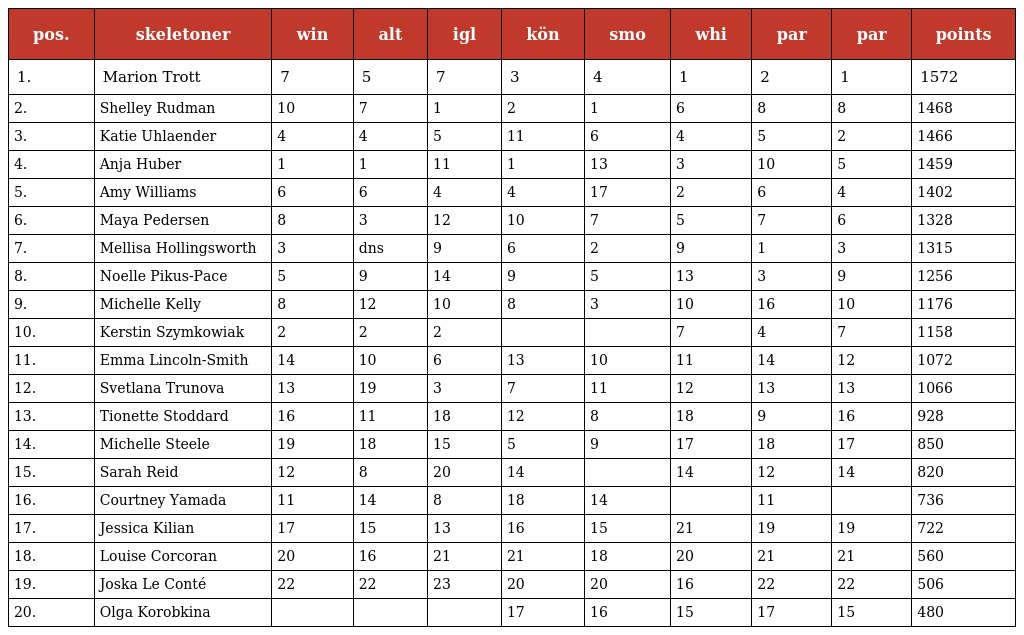
| pos. | skeletoner | win | alt | igl | kön | smo | whi | par | par | points |
 | --- | --- | --- | --- | --- | --- | --- | --- | --- | --- | --- |
 | 1. | Marion Trott | 7 | 5 | 7 | 3 | 4 | 1 | 2 | 1 | 1572 |
 | 2. | Shelley Rudman | 10 | 7 | 1 | 2 | 1 | 6 | 8 | 8 | 1468 |
 | 3. | Katie Uhlaender | 4 | 4 | 5 | 11 | 6 | 4 | 5 | 2 | 1466 |
 | 4. | Anja Huber | 1 | 1 | 11 | 1 | 13 | 3 | 10 | 5 | 1459 |
 | 5. | Amy Williams | 6 | 6 | 4 | 4 | 17 | 2 | 6 | 4 | 1402 |
 | 6. | Maya Pedersen | 8 | 3 | 12 | 10 | 7 | 5 | 7 | 6 | 1328 |
 | 7. | Mellisa Hollingsworth | 3 | dns | 9 | 6 | 2 | 9 | 1 | 3 | 1315 |
 | 8. | Noelle Pikus-Pace | 5 | 9 | 14 | 9 | 5 | 13 | 3 | 9 | 1256 |
 | 9. | Michelle Kelly | 8 | 12 | 10 | 8 | 3 | 10 | 16 | 10 | 1176 |
 | 10. | Kerstin Szymkowiak | 2 | 2 | 2 |  |  | 7 | 4 | 7 | 1158 |
 | 11. | Emma Lincoln-Smith | 14 | 10 | 6 | 13 | 10 | 11 | 14 | 12 | 1072 |
 | 12. | Svetlana Trunova | 13 | 19 | 3 | 7 | 11 | 12 | 13 | 13 | 1066 |
 | 13. | Tionette Stoddard | 16 | 11 | 18 | 12 | 8 | 18 | 9 | 16 | 928 |
 | 14. | Michelle Steele | 19 | 18 | 15 | 5 | 9 | 17 | 18 | 17 | 850 |
 | 15. | Sarah Reid | 12 | 8 | 20 | 14 |  | 14 | 12 | 14 | 820 |
 | 16. | Courtney Yamada | 11 | 14 | 8 | 18 | 14 |  | 11 |  | 736 |
 | 17. | Jessica Kilian | 17 | 15 | 13 | 16 | 15 | 21 | 19 | 19 | 722 |
 | 18. | Louise Corcoran | 20 | 16 | 21 | 21 | 18 | 20 | 21 | 21 | 560 |
 | 19. | Joska Le Conté | 22 | 22 | 23 | 20 | 20 | 16 | 22 | 22 | 506 |
 | 20. | Olga Korobkina |  |  |  | 17 | 16 | 15 | 17 | 15 | 480 |